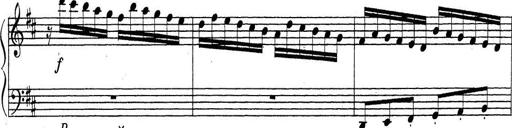
Title: ÄŒeskÃ© Sonatiny
Composer: Various